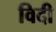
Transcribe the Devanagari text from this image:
विदी